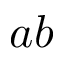
a b